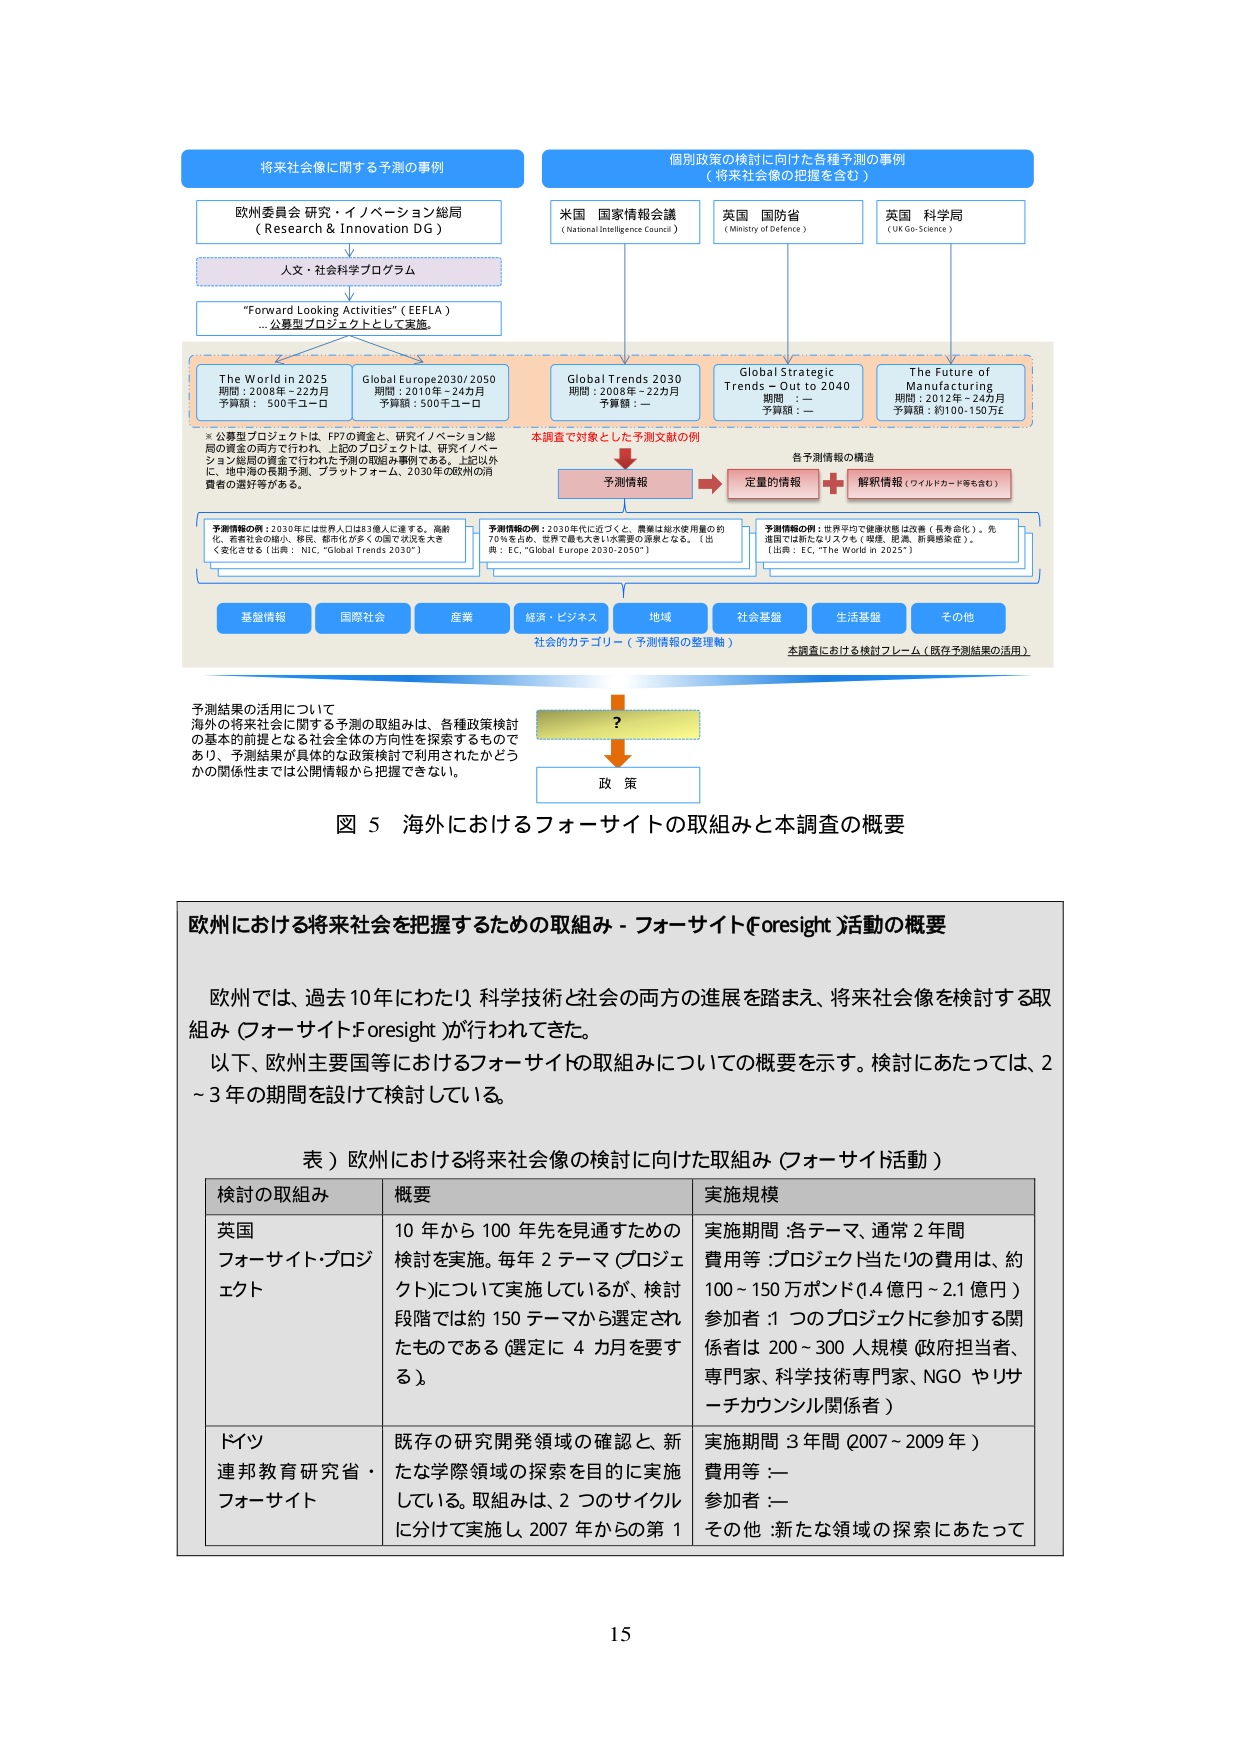
将来社会像に関する予測の事例
欧州委員会 研究・イノベーション総局
（Research & Innovation DG）
↓
人文・社会科学プログラム
↓
“Forward Looking Activities”（EEFLA）
…公募型プロジェクトとして実施

個別政策の検討に向けた各種予測の事例
（将来社会像の把握を含む）
米国 国家情報会議
（National Intelligence Council）
英国 国防省
（Ministry of Defence）
英国 科学局
（UK Go-Science）

The World in 2025
期間：2008年－22カ月
予算額：500千ユーロ

Global Europe 2030/2050
期間：2010年－24カ月
予算額：500千ユーロ

Global Trends 2030
期間：2008年－22カ月
予算額：－

Global Strategic Trends – Out to 2040
期間：－
予算額：－

The Future of Manufacturing
期間：2012年－24カ月
予算額：約100-150万£

※公募型プロジェクトは、FP7の資金と、研究イノベーション総局の資金の両方で行われ、上記のプロジェクトは、研究イノベーション総局の資金で行われた予測の取組み事例である。上記以外に、地中海の長期予測、プラットフォーム、2030年の欧州の消費者の選好等がある。

本調査で対象とした予測文献の例
予測情報
↓
定量的情報 ＋ 解釈情報（フィールドカード等も含む）
各予測情報の構造

予測情報の例：2030年には世界人口は9億人に達する。高齢化、若年社会の縮小、移民、都市化が多くの国で状況を大きく変化させる（出典：NIC, “Global Trends 2030”）

予測情報の例：2030年に近づくと、農業は総水使用量の約70％を占め、世界で最も大きい水需要の源泉となる。（出典：EC, “Global Europe 2030-2050”）

予測情報の例：世界平均で健康状態は改善（長寿化）。先進国では新たなリスクも（処遇、肥満、肝臓疾患等）。（出典：EC, “The World in 2025”）

基盤情報 国際社会 産業 経済・ビジネス 地域 社会基盤 生活基盤 その他
社会的カテゴリー（予測情報の整理軸）
本調査における検討フレーム（既存予測結果の活用）

予測結果の活用について
海外の将来社会に関する予測の取組みは、各種政策検討の基本的前提となる社会全体の方向性を探索するものであり、予測結果が具体的な政策検討で利用されたかどうかの関係性までは公開情報から把握できない。

?
↓
政策

図 5 海外におけるフォーサイトの取組みと本調査の概要

欧州における将来社会を把握するための取組み - フォーサイト（Foresight）活動の概要

欧州では、過去10年にわたり、科学技術と社会の両方の進展を踏まえ、将来社会像を検討する取組み（フォーサイトForesight）が行われてきた。
以下、欧州主要国等におけるフォーサイトの取組みについての概要を示す。検討にあたっては、2～3年の期間を設けて検討している。

表）欧州における将来社会像の検討に向けた取組み（フォーサイト活動）

| 検討の取組み | 概要 | 実施規模 |
|--------------|------|----------|
| 英国 フォーサイト・プロジェクト | 10年から100年先を見通すための検討を実施。毎年2テーマ（プロジェクト）について実施しているが、検討段階では約150テーマから選定されたものである（選定に4カ月を要する）。 | 実施期間：各テーマ、通常2年間<br>費用等：プロジェクト当たりの費用は、約100～150万ポンド（1.4億円～2.1億円）<br>参加者：1つのプロジェクトに参加する関係者は200～300人規模（政府担当者、専門家、科学技術専門家、NGOやリサーチカウンシル関係者） |
| ドイツ 連邦教育研究省・フォーサイト | 既存の研究開発領域の確認と、新たな学際領域の探索を目的に実施している。取組みは、2つのサイクルに分けて実施し、2007年からの第1 | 実施期間：3年間（2007～2009年）<br>費用等：－<br>参加者：－<br>その他：新たな領域の探索にあたって |

15